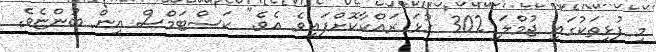
މި ފުޅިތަކުގައި ޖުމްލަ 302 ގުޅަ ރައްކާކޮށްފައިވެ އެވެ." ކަސްޓަމްސް އިން ބުންޏެވެ.